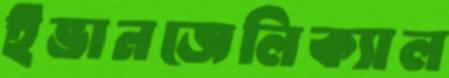
ইভানজেলিক্যাল